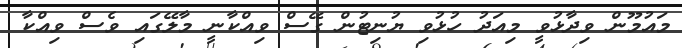
މައުމޫން ވިދާޅުވީ މިއަދު ހުޅުވި ޔުނިޓުން ގޭސް ވިއްކާނީ މާލޭގައި ވެސް ވިއްކާ